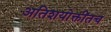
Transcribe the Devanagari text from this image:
अतिशयोक्तींतच